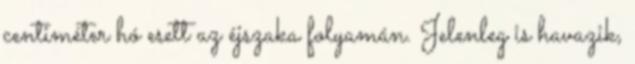
centiméter hó esett az éjszaka folyamán. Jelenleg is havazik,